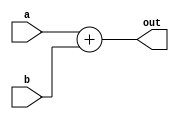
module adder_pp(a,b,out);
input [15:0] a,b;
output [15:0] out;

assign out=a+b;

endmodule